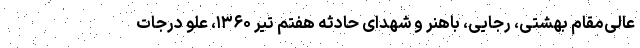
عالی‌مقام بهشتی، رجایی، باهنر و شهدای حادثه هفتم تیر ۱۳۶۰، علوّ درجات